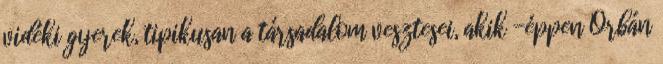
vidéki gyerek, tipikusan a társadalom vesztesei, akik -éppen Orbán